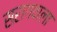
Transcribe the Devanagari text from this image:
सरागवाला